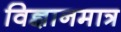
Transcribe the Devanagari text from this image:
विज्ञानमात्र